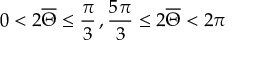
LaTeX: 0 < 2 \overline { { \Theta } } \leq \frac { \pi } { 3 } \, , \frac { 5 \pi } { 3 } \leq 2 \overline { { \Theta } } < 2 \pi